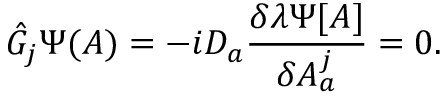
{ \hat { G } } _ { j } \Psi ( A ) = - i D _ { a } { \frac { \delta \lambda \Psi [ A ] } { \delta A _ { a } ^ { j } } } = 0 .